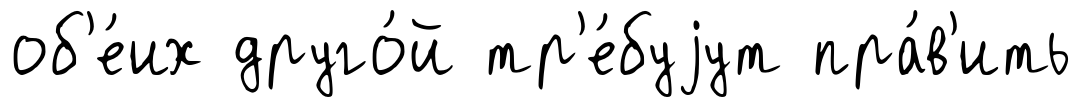
об'е́их друго́й тр'е́буjут пра́в'ить